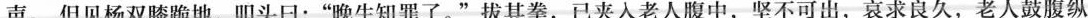
声。但见杨双膝跪地，叩头日：”晚生知罪了。”拔其拳，已夹入老人腹中，坚不可出，哀求良久，老人鼓腹纵